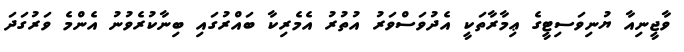
ވާޖީނިއާ ޔުނިވަސިޓީގެ ޢިމާރާތަކީ އެދުވަސްވަރު އުތުރު އެމެރިކާ ބައްރުގައި ބިނާކުރެވުނު އެންމެ ވަރުގަދަ